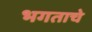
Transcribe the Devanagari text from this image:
भगताचे